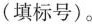
(填标号)。